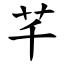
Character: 芊